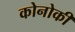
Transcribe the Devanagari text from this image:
कोनोकी